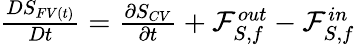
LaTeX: \begin{array}{r}{\frac{DS_{FV(t)}}{Dt}=\frac{\partial S_{CV}}{\partial t}+\mathcal{F}_{S,f}^{out}-\mathcal{F}_{S,f}^{in}}\end{array}